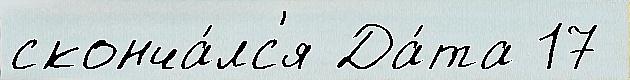
сконча́лс'я Да́та 17